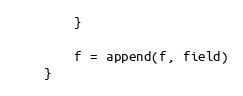
Language: Go
		}

		f = append(f, field)
	}